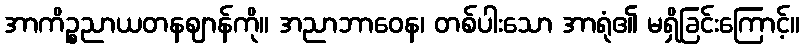
အာကိဉ္စညာယတနဈာန်ကို။ အညာဘာဝေန၊ တစ်ပါးသော အာရုံ၏ မရှိခြင်းကြောင့်။